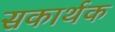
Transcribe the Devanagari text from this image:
सकार्थक